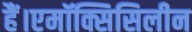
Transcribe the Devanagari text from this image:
हैं।एमॉक्सिसिलीन